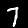
Digit: 7